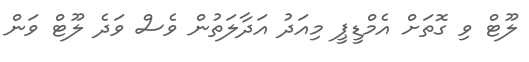
ލޫޓް ވި ގޮތަށް އެމްޑީޕީ މިއަދު އަދާލަތުން ވެސް ވަދެ ލޫޓް ވަން